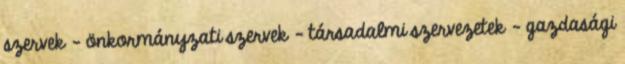
szervek - önkormányzati szervek - társadalmi szervezetek - gazdasági